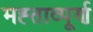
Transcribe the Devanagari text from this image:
मह्ताव्पूर्ण